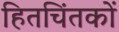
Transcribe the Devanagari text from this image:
हितचिंतकों